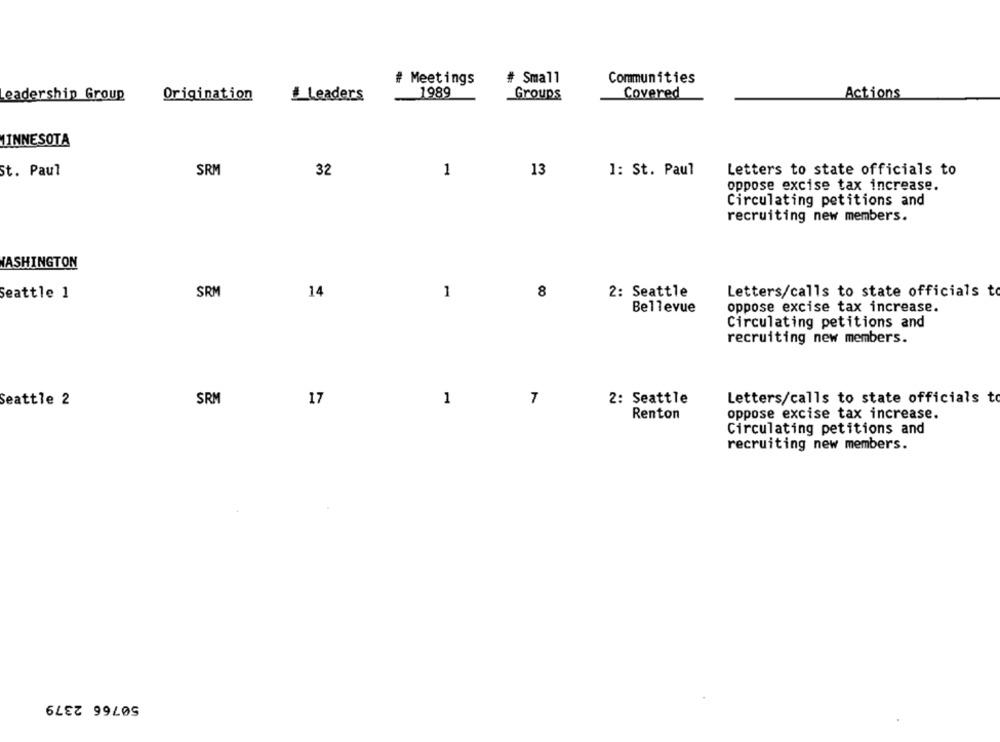
# Meetings
# Small
Communities
Leadership Group
Leaders
1989
Groups
Covered
Actions
Origination
MINNESOTA
SRM
13
St. Paul
32
1
1: St. Paul
Letters to state officials to
oppose excise tax increase.
Circulating petitions and
recruiting new members.
WASHINGTON
Seattle 1
SRM
14
1
8
2: Seattle
Letters/calls to state officials to
Bellevue
oppose excise tax increase.
Circulating petitions and
recruiting new members.
SRM
17
1
7
2: Seattle
Letters/calls to state officials to
Seattle 2
Renton
oppose excise tax increase.
Circulating petitions and
recruiting new members.
50766 2379